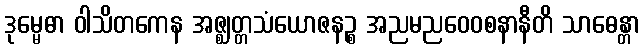
ဒုမ္မေဓာ ဝါသိတကေန အဇ္ဈတ္တသံယောဇနဉ္စ အညမညဝေဝစနာနီတိ သာဓေန္တာ